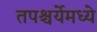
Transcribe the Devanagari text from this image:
तपश्चर्येमध्ये